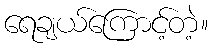
ရေချယ်ကြောင့်တဲ့။